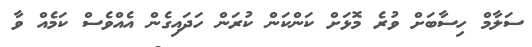
ސަލާމް ހިސާބަށް ވުރެ މޮޅަށް ކަންކަން ކުރަން ހަދައިގެން އެއްވެސް ކަމެއް ވާ